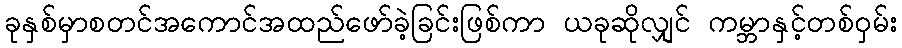
ခုနှစ်မှာစတင်အကောင်အထည်ဖော်ခဲ့ခြင်းဖြစ်ကာ ယခုဆိုလျှင် ကမ္ဘာနှင့်တစ်ဝှမ်း